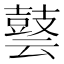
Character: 𪔎